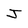
Character: J